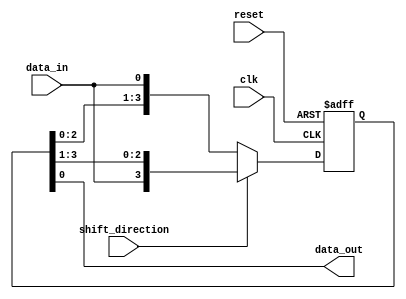
module bidirectional_shift_register (
    input wire clk,
    input wire reset,
    input wire shift_direction,
    input wire data_in,
    output wire data_out
);

reg [3:0] reg_data;

always @(posedge clk or posedge reset) begin
    if (reset) begin
        reg_data <= 4'b0000;
    end
    else begin
        if (shift_direction == 1'b0) begin // left shift
            reg_data <= {reg_data[2:0], data_in};
        end
        else begin // right shift
            reg_data <= {data_in, reg_data[3:1]};
        end
    end
end

assign data_out = reg_data[0];

endmodule